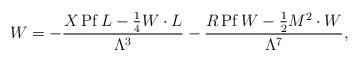
LaTeX: \begin{align*}W=-{X{\,\rm Pf\,}L-\frac14 W\cdot L\over\Lambda^3}-{R{\,\rm Pf\,}W-\frac12 M^2\cdot W\over\Lambda^7},\end{align*}